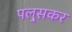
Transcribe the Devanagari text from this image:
पलु्सकर